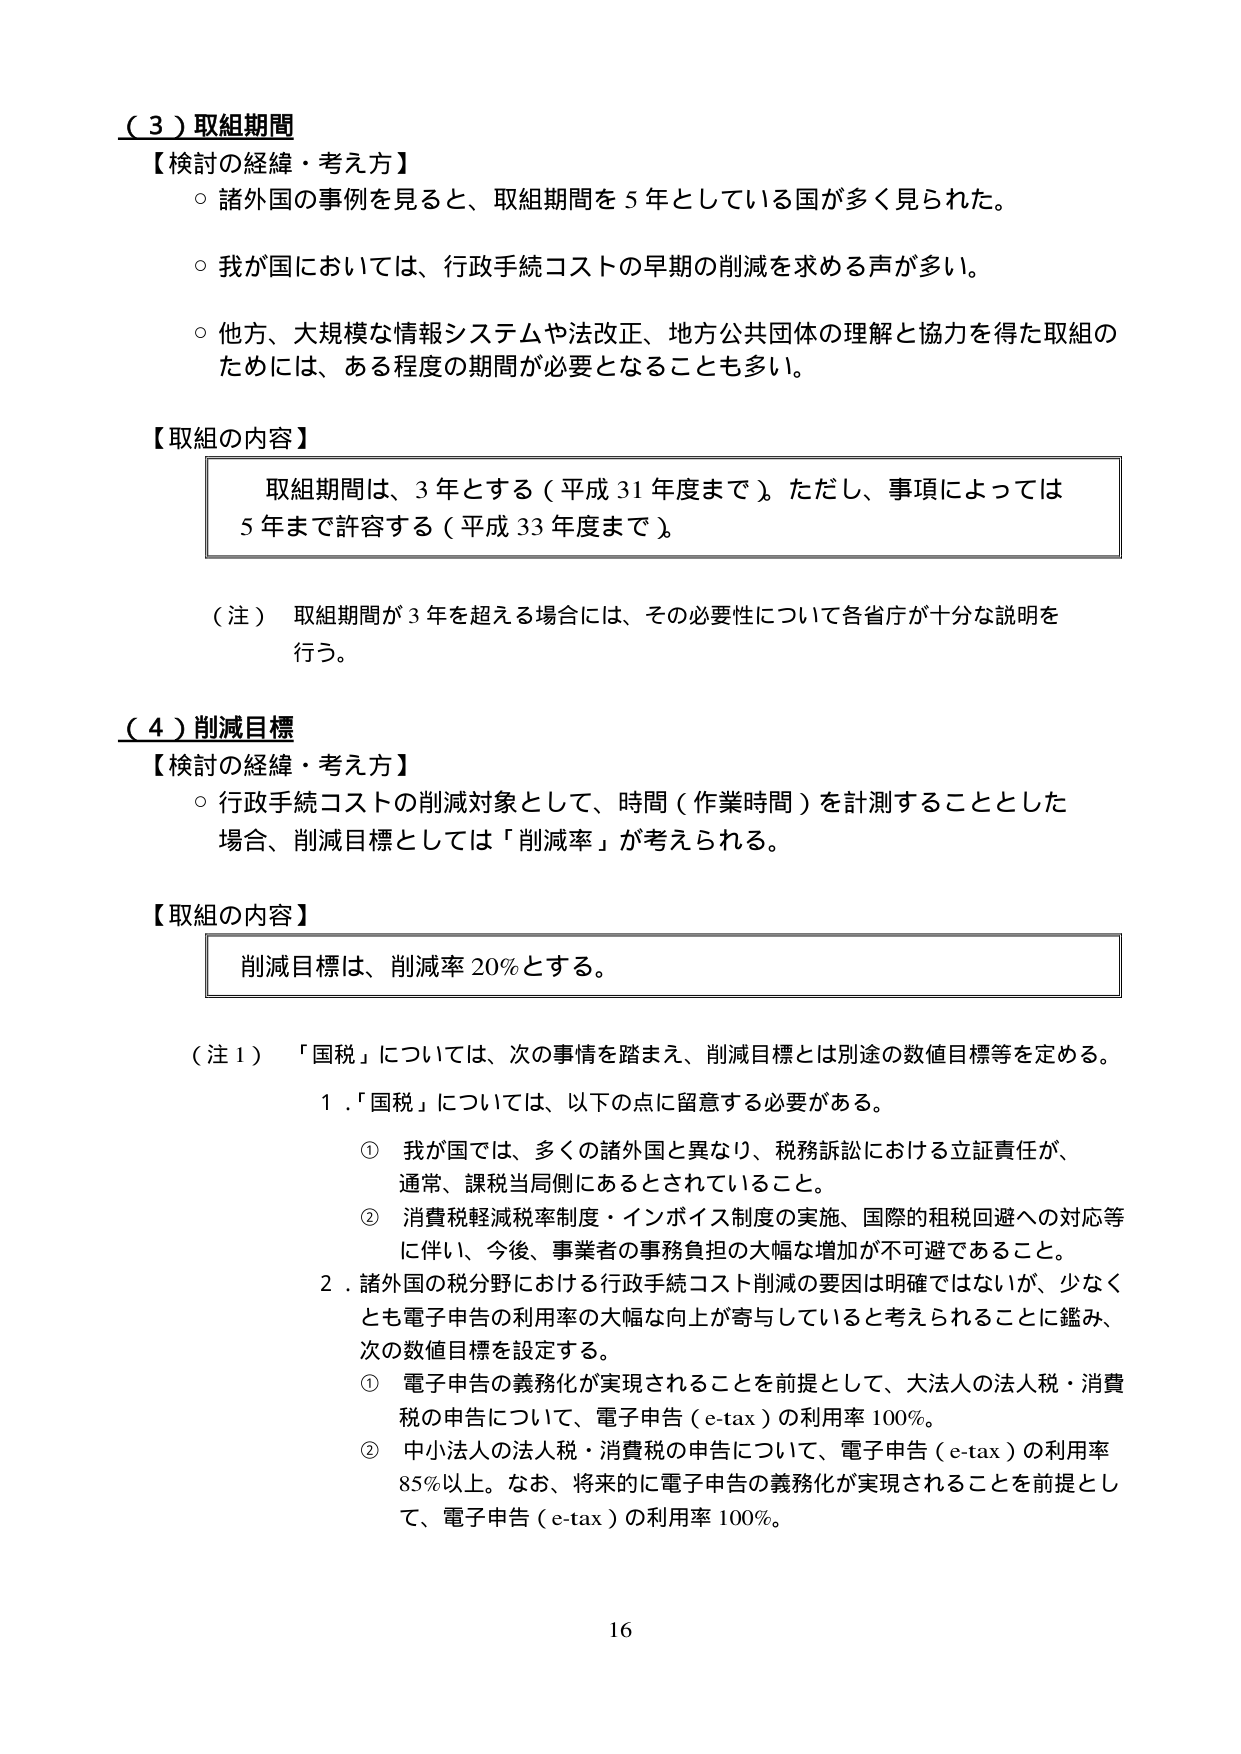
（３）取組期間
【検討の経緯・考え方】
○ 諸外国の事例を見ると、取組期間を５年としている国が多く見られた。
○ 我が国においては、行政手続コストの早期の削減を求める声が多い。
○ 他方、大規模な情報システムや法改正、地方公共団体の理解と協力を得た取組のためには、ある程度の期間が必要となることも多い。

【取組の内容】
　取組期間は、３年とする（平成31年度まで）。ただし、事項によっては５年まで許容する（平成33年度まで）。

（注） 取組期間が３年を超える場合には、その必要性について各省庁が十分な説明を行う。

（４）削減目標
【検討の経緯・考え方】
○ 行政手続コストの削減対象として、時間（作業時間）を計測することとした場合、削減目標としては「削減率」が考えられる。

【取組の内容】
　削減目標は、削減率20％とする。

（注１） 「国税」については、次の事情を踏まえ、削減目標とは別途の数値目標等を定める。
　１．「国税」については、以下の点に留意する必要がある。
　　① 我が国では、多くの諸外国と異なり、税務訴訟における立証責任が、通常、課税当局側にあるとされていること。
　　② 消費税軽減税率制度・インボイス制度の実施、国際的租税回避への対応等に伴い、今後、事業者の事務負担の大幅な増加が不可避であること。
　２．諸外国の税分野における行政手続コスト削減の要因は明確ではないが、少なくとも電子申告の利用率の大幅な向上が寄与していると考えられることに鑑み、次の数値目標を設定する。
　　① 電子申告の義務化が実現されることを前提として、大法人の法人税・消費税の申告について、電子申告（e-tax）の利用率100％。
　　② 中小法人の法人税・消費税の申告について、電子申告（e-tax）の利用率85％以上。なお、将来的に電子申告の義務化が実現されることを前提として、電子申告（e-tax）の利用率100％。

16